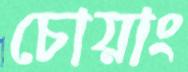
চোয়াং